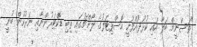
"ތަސްނީމް ބަލާ އައި ކުޅުދުއްފުށީ ހޮސްޕިޓަލުގެ ލޯންޗުގައި ތިބި ޑޮކްޓަރުންނާއި ނަރުހުން ބުނީ